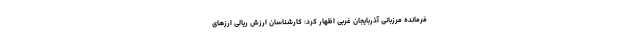
فرمانده مرزبانی آذربایجان غربی اظهار کرد: کارشناسان ارزش ریالی ارزهای